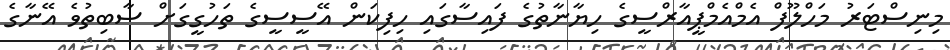
މިނިސްޓަރު މަހްލޫފް އެމްއެމްޕީއާރްސީގެ ހިޔާނާތުގެ ފައިސާގައި ހިފިކަން އޭސީސީގެ ތަހުގީގަށް ސާބިތުވެ އޭނާގެ